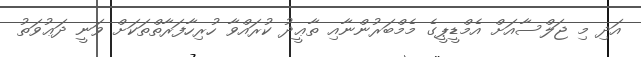
އަދި މި ޖަލްސާއަށް އެމްޑީޕީގެ މެމްބަރުންނާއި ތާޢީދު ކުރައްވާ ހުރިހާފަރާތްތަކަށް ވަނީ ދަޢުވަތު